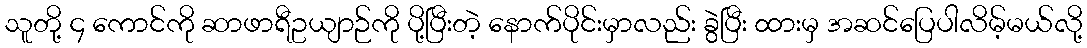
သူတို့ ၄ ကောင်ကို ဆာဖာရီဥယျာဉ်ကို ပို့ပြီးတဲ့ နောက်ပိုင်းမှာလည်း ခွဲပြီး ထားမှ အဆင်ပြေပါလိမ့်မယ်လို့